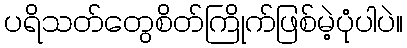
ပရိသတ်တွေစိတ်ကြိုက်ဖြစ်မဲ့ပုံပါပဲ။